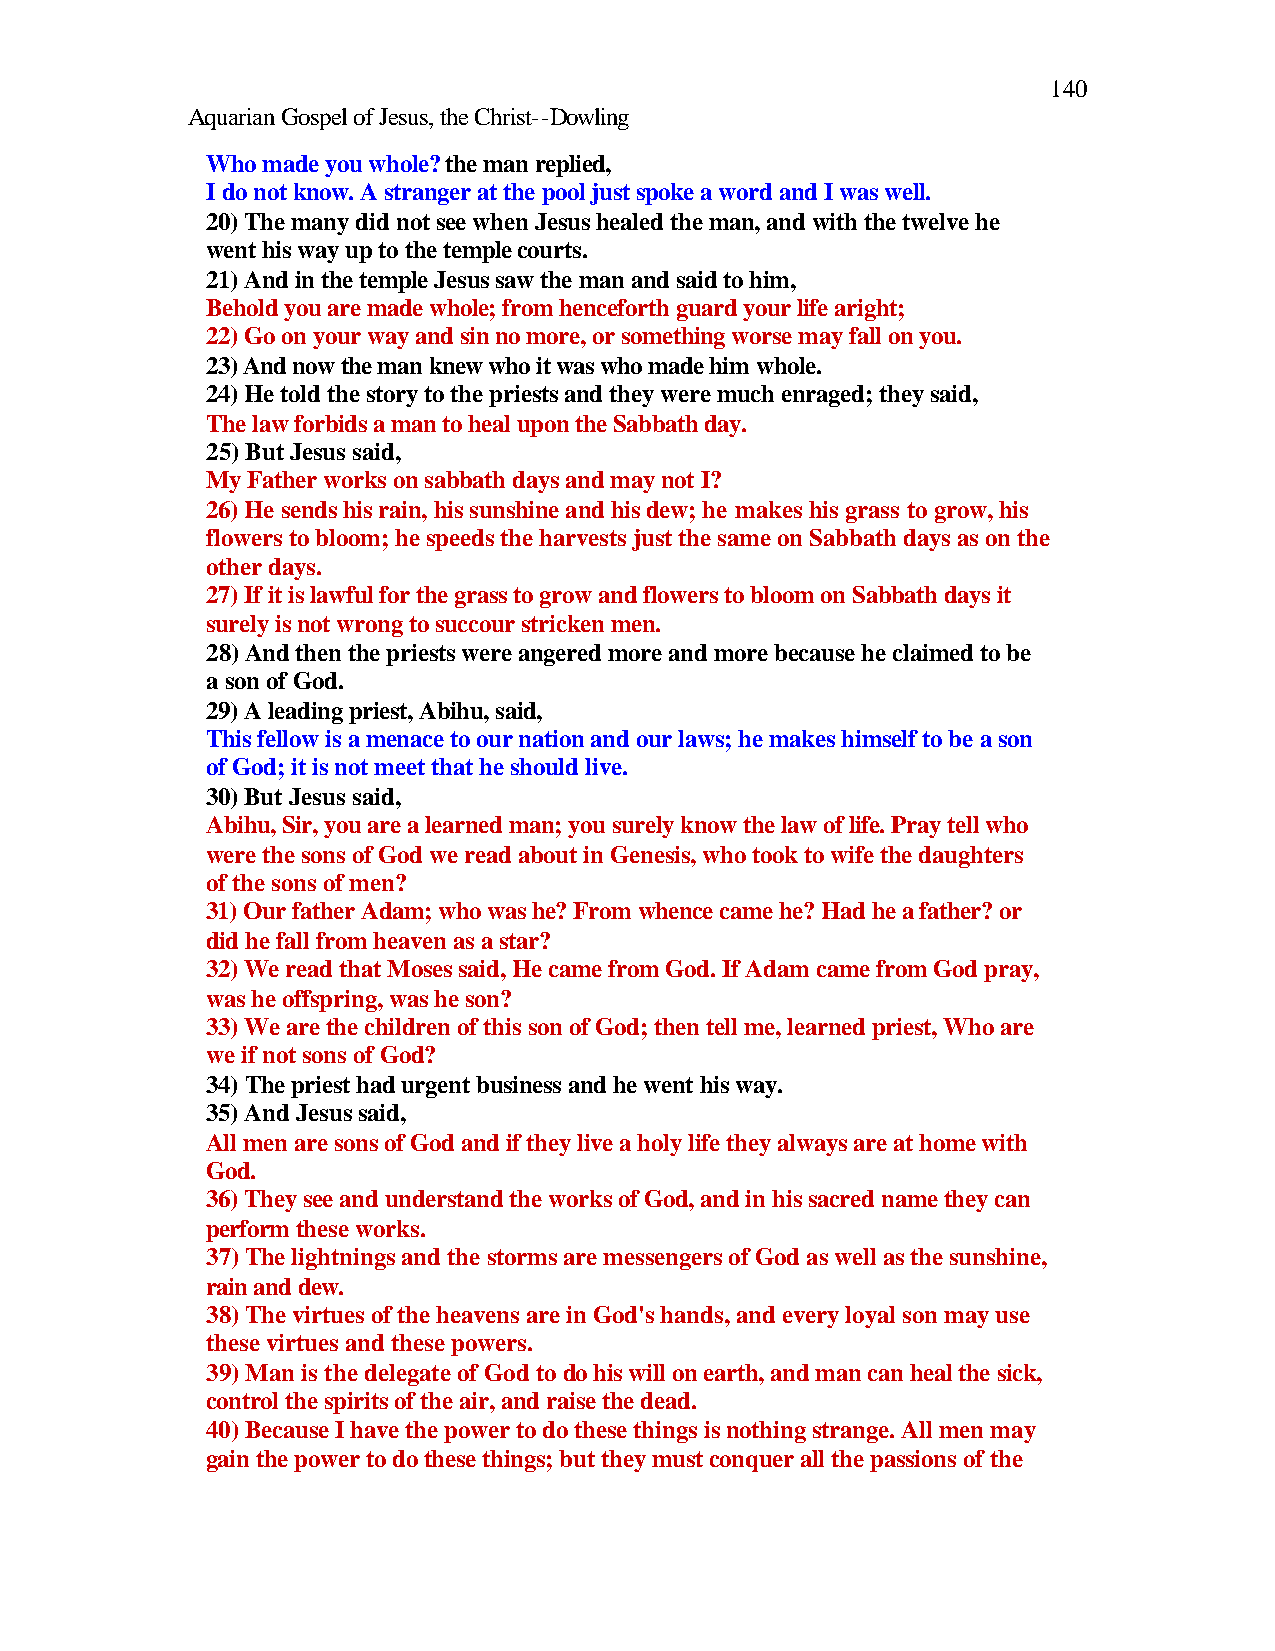
140
 Aquarian Gospel of Jesus, the Christ--Dowling
 Who made you whole? the man replied,
 I do not know. A stranger at the pool just spoke a word and I was well.
 20) The many did not see when Jesus healed the man, and with the twelve he
 went his way up to the temple courts.
 21) And in the temple Jesus saw the man and said to him,
 Behold you are made whole; from henceforth guard your life aright;
 22) Go on your way and sin no more, or something worse may fall on you.
 23) And now the man knew who it was who made him whole.
 24) He told the story to the priests and they were much enraged; they said,
 The law forbids a man to heal upon the Sabbath day.
 25) But Jesus said,
 My Father works on sabbath days and may not I?
 26) He sends his rain, his sunshine and his dew; he makes his grass to grow, his
 flowers to bloom; he speeds the harvests just the same on Sabbath days as on the
 other days.
 27) If it is lawful for the grass to grow and flowers to bloom on Sabbath days it
 surely is not wrong to succour stricken men.
 28) And then the priests were angered more and more because he claimed to be
 a son of God.
 29) A leading priest, Abihu, said,
 This fellow is a menace to our nation and our laws; he makes himself to be a son
 of God; it is not meet that he should live.
 30) But Jesus said,
 Abihu, Sir, you are a learned man; you surely know the law of life. Pray tell who
 were the sons of God we read about in Genesis, who took to wife the daughters
 of the sons of men?
 31) Our father Adam; who was he? From whence came he? Had he a father? or
 did he fall from heaven as a star?
 32) We read that Moses said, He came from God. If Adam came from God pray,
 was he offspring, was he son?
 33) We are the children of this son of God; then tell me, learned priest, Who are
 we if not sons of God?
 34) The priest had urgent business and he went his way.
 35) And Jesus said,
 All men are sons of God and if they live a holy life they always are at home with
 God.
 36) They see and understand the works of God, and in his sacred name they can
 perform these works.
 37) The lightnings and the storms are messengers of God as well as the sunshine,
 rain and dew.
 38) The virtues of the heavens are in God's hands, and every loyal son may use
 these virtues and these powers.
 39) Man is the delegate of God to do his will on earth, and man can heal the sick,
 control the spirits of the air, and raise the dead.
 40) Because I have the power to do these things is nothing strange. All men may
 gain the power to do these things; but they must conquer all the passions of the